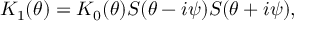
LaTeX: K _ { 1 } ( \theta ) = K _ { 0 } ( \theta ) S ( \theta - i \psi ) S ( \theta + i \psi ) ,